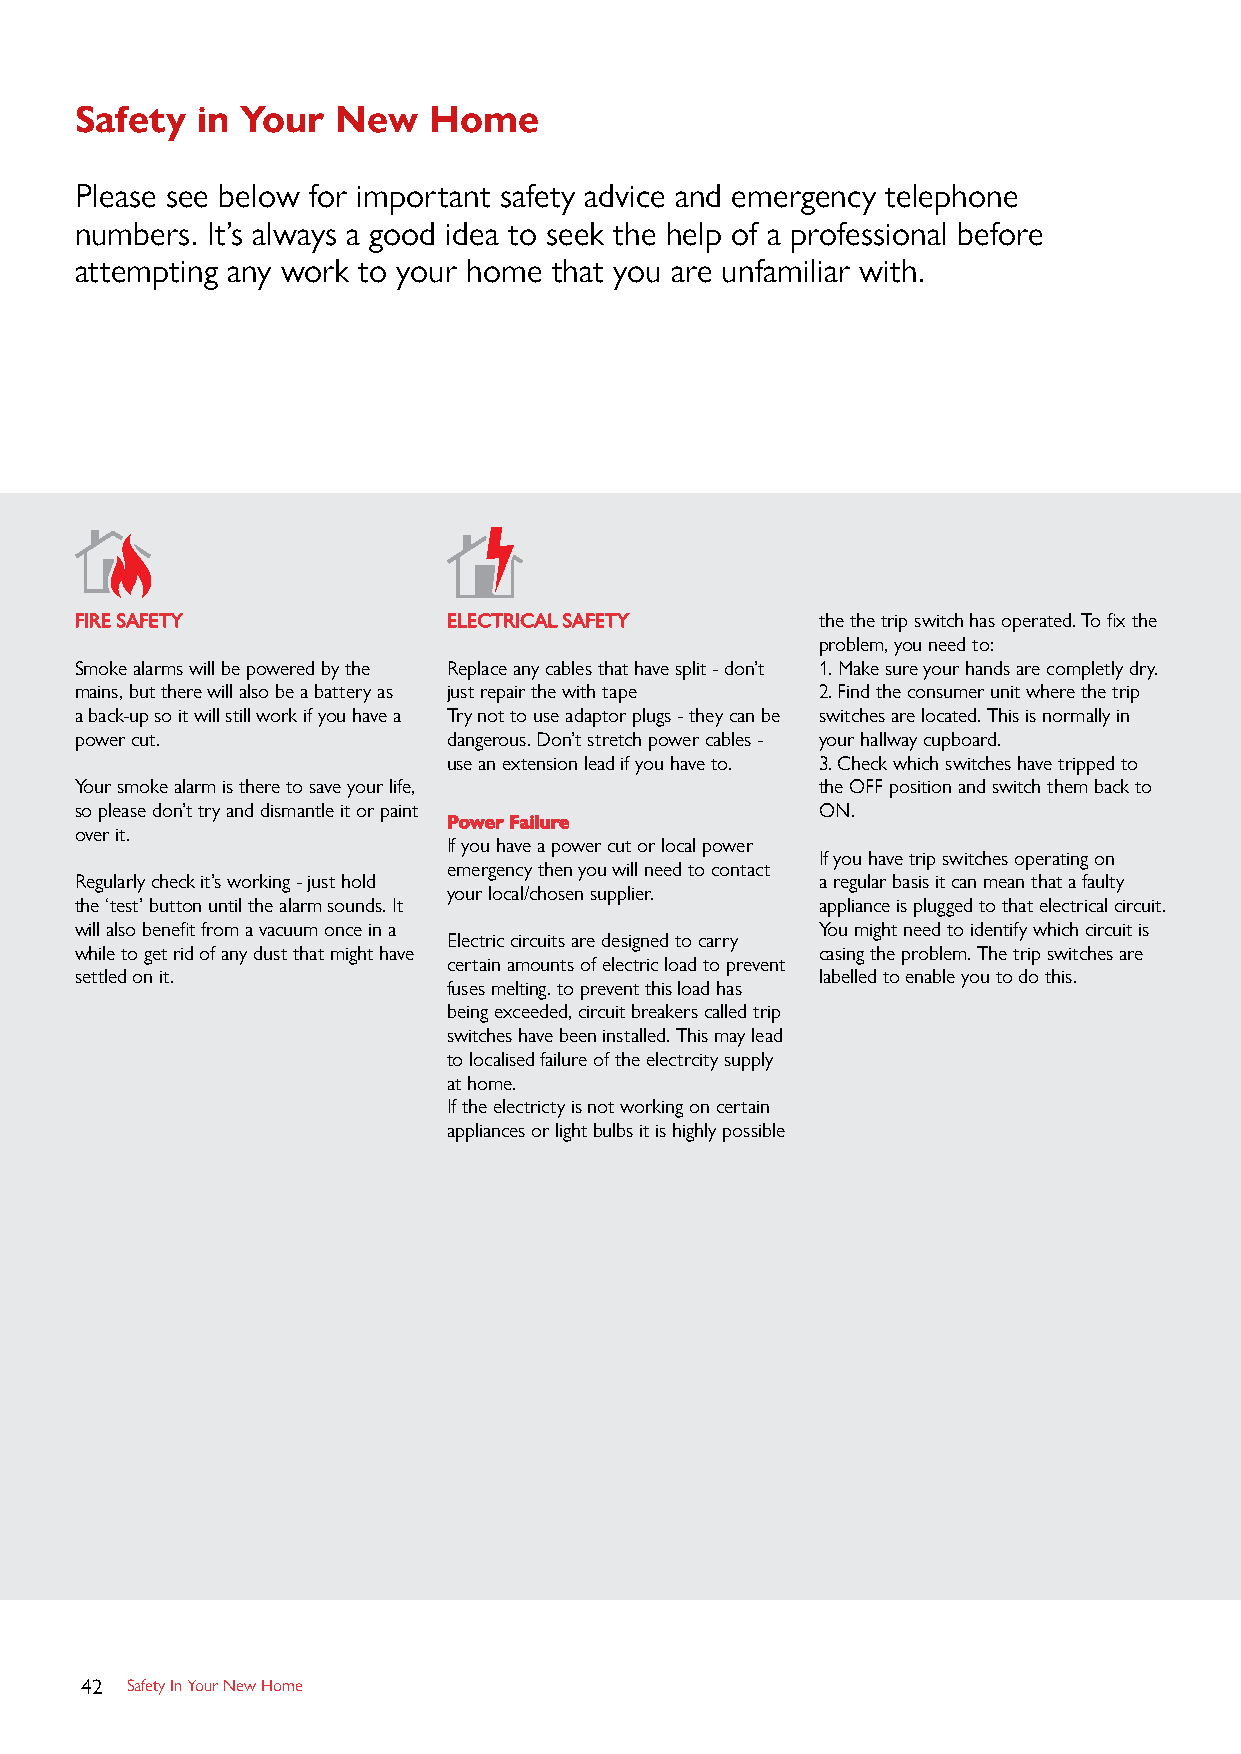
Safety  in Your  New   Home
 Please see below for important safety advice and emergency telephone
 numbers. It’s always a good idea to seek the help of a professional before
 attempting any work to your home that you are unfamiliar with.
 FIRE SAFETY              ELECTRICAL SAFETY       the the trip switch has operated. To fix the
 problem, you need to:
 Smoke alarms will be powered by the Replace any cables that have split - don’t 1. Make sure your hands are completly dry.
 mains, but there will also be a battery as just repair the with tape 2. Find the consumer unit where the trip
 a back-up so it will still work if you have a Try not to use adaptor plugs - they can be switches are located. This is normally in
 power cut.               dangerous. Don’t stretch power cables - your hallway cupboard.
 use an extension lead if you have to. 3. Check which switches have tripped to
 Your smoke alarm is there to save your life,     the OFF position and switch them back to
 so please don’t try and dismantle it or paint    ON.
 Power Failure
 over it.
 If you have a power cut or local power
 If you have trip switches operating on
 emergency then you will need to contact
 Regularly check it’s working - just hold         a regular basis it can mean that a faulty
 your local/chosen supplier.
 the ‘test’ button until the alarm sounds. It     appliance is plugged to that electrical circuit.
 will also benefit from a vacuum once in a        You might need to identify which circuit is
 Electric circuits are designed to carry
 while to get rid of any dust that might have     casing the problem. The trip switches are
 certain amounts of electric load to prevent
 settled on it.                                   labelled to enable you to do this.
 fuses melting. to prevent this load has
 being exceeded, circuit breakers called trip
 switches have been installed. This may lead
 to localised failure of the electrcity supply
 at home.
 If the electricty is not working on certain
 appliances or light bulbs it is highly possible
 42 Safety In Your New Home